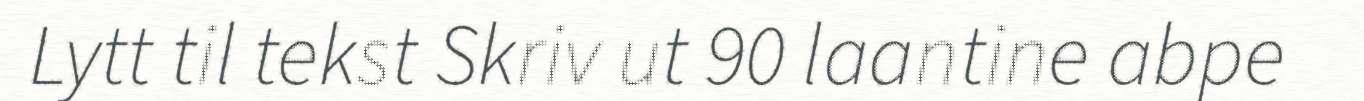
Lytt til tekst Skriv ut 90 laantine abpe